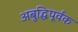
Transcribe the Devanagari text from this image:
अबुद्धिपूर्वक